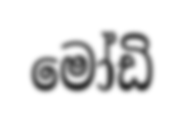
මෝඩි